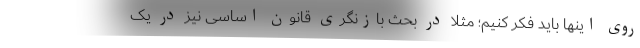
روی اینها باید فکر کنیم؛ مثلا در بحث بازنگری قانون اساسی نیز در یک